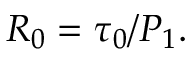
\begin{array} { r } { R _ { 0 } = \tau _ { 0 } / P _ { 1 } . } \end{array}